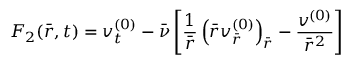
F _ { 2 } ( \bar { r } , t ) = v _ { t } ^ { ( 0 ) } - \bar { \nu } \left[ \frac { 1 } { \bar { r } } \left( \bar { r } v _ { \bar { r } } ^ { ( 0 ) } \right) _ { \bar { r } } - \frac { v ^ { ( 0 ) } } { \bar { r } ^ { 2 } } \right]